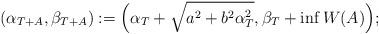
LaTeX: \begin{align*}(\alpha_{T+A},\beta_{T+A}):= \Big(\alpha_T+\sqrt{a^2+b^2\alpha_T^2},\beta_T+\inf W(A)\Big);\end{align*}